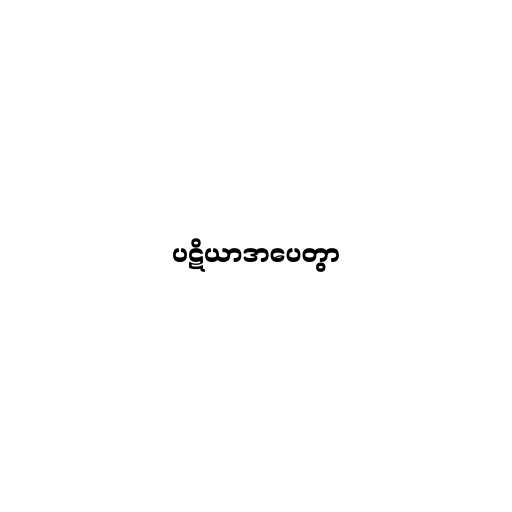
ပဋိယာဒာပေတွာ